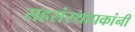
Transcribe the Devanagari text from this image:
सहसंस्थापकांनी